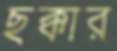
ছক্কার